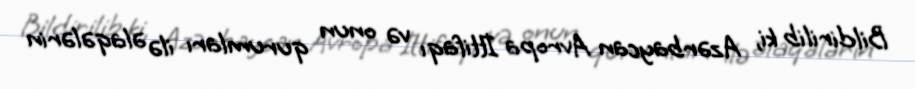
Bildirilib ki, Azərbaycan Avropa İttifaqı və onun qurumları ilə əlaqələrin